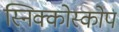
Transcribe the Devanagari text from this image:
स्निक्कोस्कोप